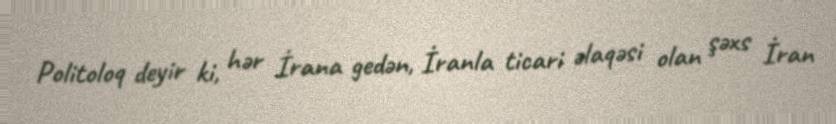
Politoloq deyir ki, hər İrana gedən, İranla ticari əlaqəsi olan şəxs İran